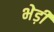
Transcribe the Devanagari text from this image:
भेड़ी